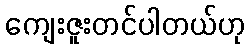
ကျေးဇူးတင်ပါတယ်ဟု